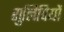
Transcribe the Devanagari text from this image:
सुलिपियों